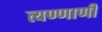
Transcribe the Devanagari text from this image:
त्यण्णाणी